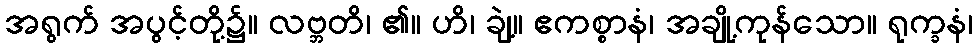
အရွက် အပွင့်တို့၌။ လဗ္ဘတိ၊ ၏။ ဟိ၊ ချဲ့။ ဧကစ္စာနံ၊ အချို့ကုန်သော။ ရုက္ခနံ၊